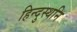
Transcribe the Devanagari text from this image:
हिन्दुस्थनि